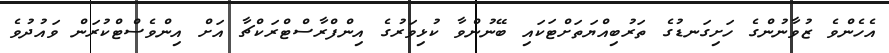
އެހެންވެ ޒުވާނުންގެ ހަށިގަނޑުގެ ތަރުބިއްޔަތަށްޓަކައި ބޭނުންވާ ކުޅިވަރުގެ އިންފްރާސްޓްރަކްޗާ އަށް އިންވެސްޓްކުރަން ވައުދުވެ